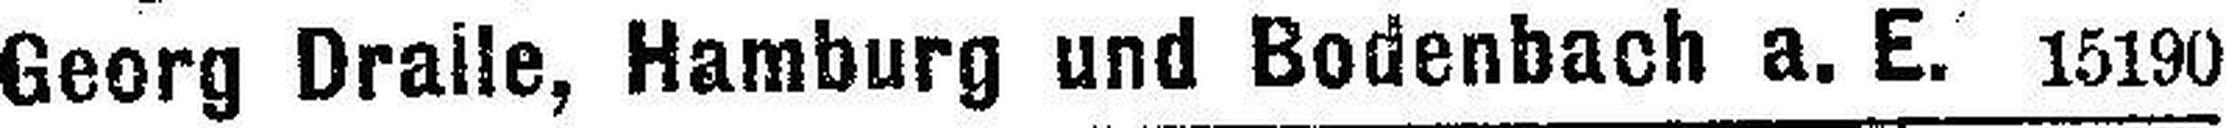
Georg Dralle, Hamburg und Bodenbach a. E. 15190